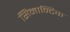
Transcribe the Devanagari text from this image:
सिमान्टिक